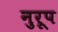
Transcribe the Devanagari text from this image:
नुरूप